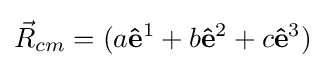
{\vec {R}}_{cm}=(a\mathbf {\hat {e}} ^{1}+b\mathbf {\hat {e}} ^{2}+c\mathbf {\hat {e}} ^{3})